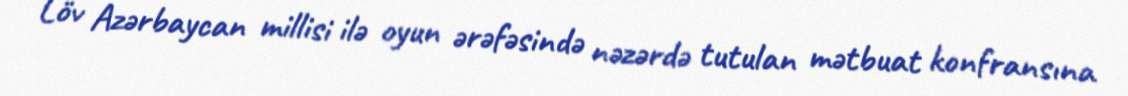
Löv Azərbaycan millisi ilə oyun ərəfəsində nəzərdə tutulan mətbuat konfransına